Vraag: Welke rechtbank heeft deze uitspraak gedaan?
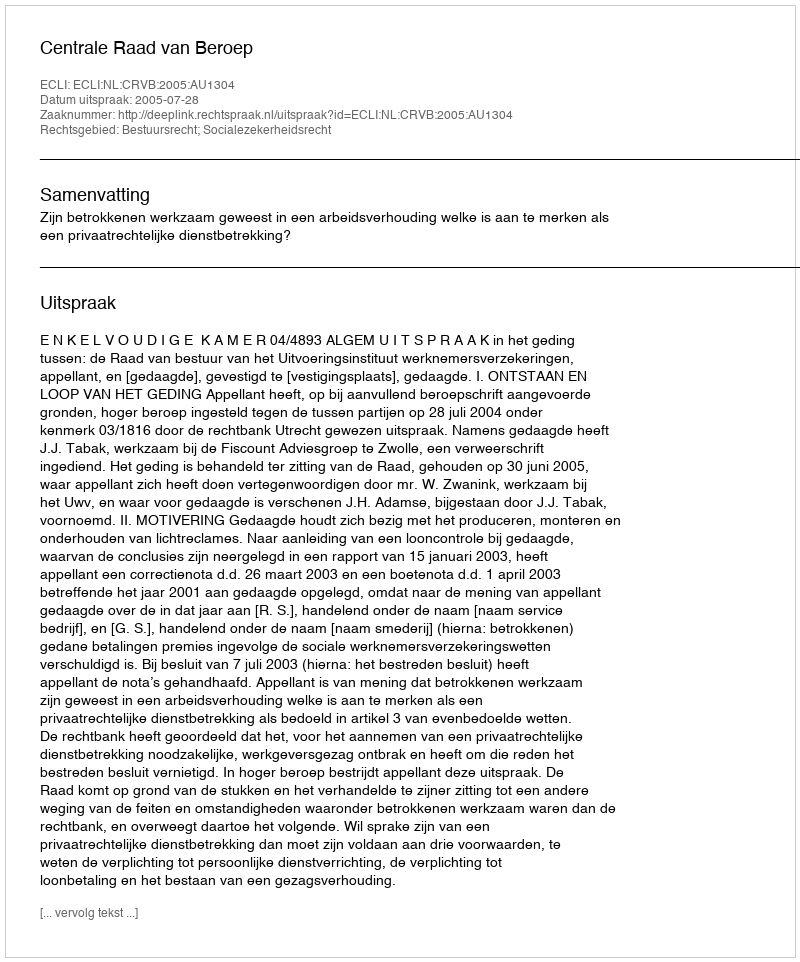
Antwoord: Centrale Raad van Beroep